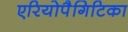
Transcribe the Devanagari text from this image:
एरियोपैगिटिका